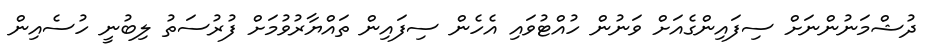
ދުޝްމަނުންނަށް ސިފައިންގެއަށް ވަނުން ހުއްޓުވައި އެހެން ސިފައިން ތައްޔާރުވުމަށް ފުރުސަތު ލިބުނީ ހުސެއިން